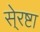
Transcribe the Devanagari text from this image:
से्रष्टा